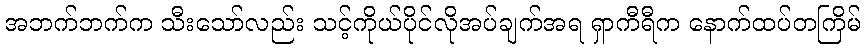
အဘက်ဘက်က သီးသော်လည်း သင့်ကိုယ်ပိုင်လိုအပ်ချက်အရ ရှာကီရီက နောက်ထပ်တကြိမ်